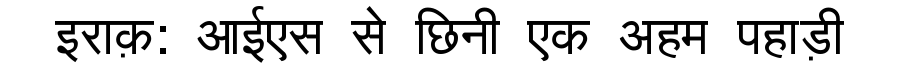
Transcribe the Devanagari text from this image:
इराक़: आईएस से छिनी एक अहम पहाड़ी